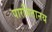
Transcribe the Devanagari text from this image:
पारमितानय